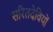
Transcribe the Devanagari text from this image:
सरितदेवियों